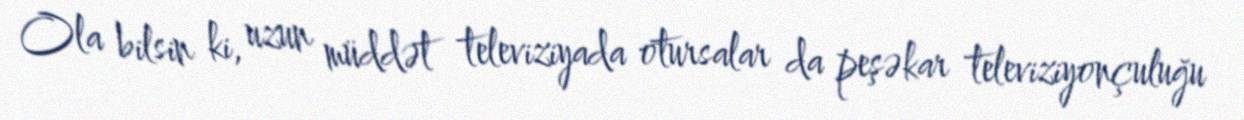
Ola bilsin ki, uzun müddət televiziyada otursalar da peşəkar televiziyonçuluğu